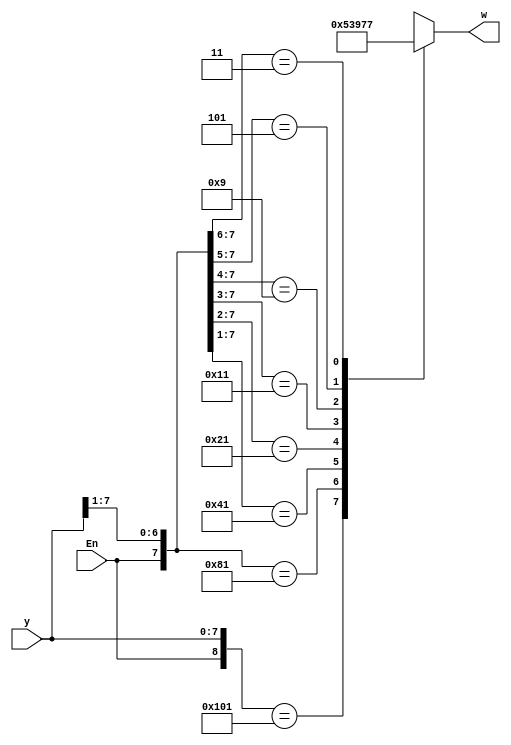
module Exercise4_24(input [7:0]y, input En, output reg [2:0]w);
	always@(y, En)
	begin
		casex({En, y})
		9'b100000001: w = 0;
		9'b10000001x: w = 1;
		9'b1000001xx: w = 2;
		9'b100001xxx: w = 3;
		9'b10001xxxx: w = 4;
		9'b1001xxxxx: w = 5;
		9'b101xxxxxx: w = 6;
		9'b11xxxxxxx: w = 7;
		default: w = 3'bxxx;
		endcase
	end

endmodule